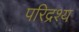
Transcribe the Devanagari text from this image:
परिद्रश्य